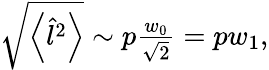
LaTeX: \begin{array}{r}{\sqrt{\left\langle\hat{l}^{2}\right\rangle}\sim p\frac{w_{0}}{\sqrt{2}}=pw_{1},}\end{array}